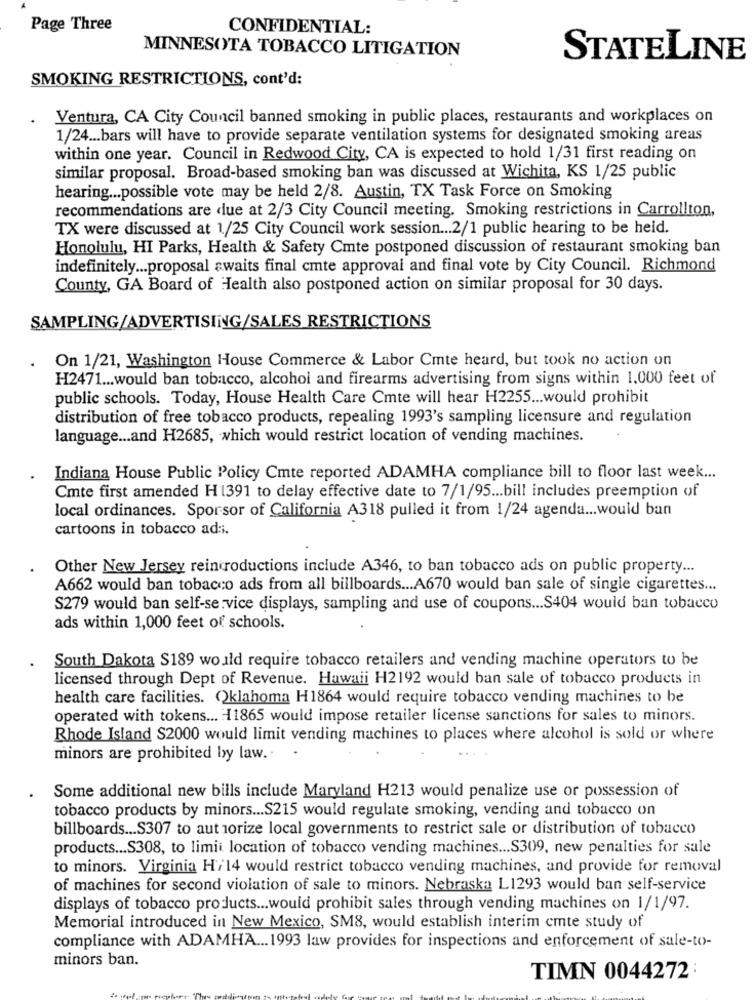
Page Three
CONFIDENTIAL:
MINNESOTA TOBACCO LITIGATION
STATELINE
SMOKING RESTRICTIONS, cont'd:
Ventura, CA City Council banned smoking in public places, restaurants and workplaces on
1/24 ... bars will have to provide separate ventilation systems for designated smoking areas
within one year. Council in Redwood City, CA is expected to hold 1/31 first reading on
similar proposal. Broad-based smoking ban was discussed at Wichita, KS 1/25 public
hearing ... possible vote may be held 2/8. Austin, TX Task Force on Smoking
recommendations are due at 2/3 City Council meeting. Smoking restrictions in Carrollton,
TX were discussed at 1/25 City Council work session ... 2/1 public hearing to be held.
Honolulu, HI Parks, Health & Safety Cmte postponed discussion of restaurant smoking ban
indefinitely ... proposal awaits final cmte approval and final vote by City Council. Richmond
County, GA Board of Health also postponed action on similar proposal for 30 days.
SAMPLING/ADVERTISING/SALES RESTRICTIONS
On 1/21, Washington House Commerce & Labor Cmte heard, but took no action on
H2471 ... would ban tobacco, alcohol and firearms advertising from signs within 1,000 feet of
public schools. Today, House Health Care Cmte will hear H2255 ... would prohibit
distribution of free tobacco products, repealing 1993's sampling licensure and regulation
language ... and H2685, which would restrict location of vending machines.
Indiana House Public Policy Cmte reported ADAMHA compliance bill to floor last week ...
Cmte first amended H1391 to delay effective date to 7/1/95 ... bill includes preemption of
local ordinances. Sporsor of California A318 pulled it from 1/24 agenda ... would ban
cartoons in tobacco ad:i.
Other New Jersey reintroductions include A346, to ban tobacco ads on public property ...
A662 would ban tobacco ads from all billboards ... A670 would ban sale of single cigarettes ...
S279 would ban self-service displays, sampling and use of coupons ... S404 would ban tobacco
ads within 1,000 feet of schools.
South Dakota $189 would require tobacco retailers and vending machine operators to be
licensed through Dept of Revenue. Hawaii H2192 would ban sale of tobacco products in
health care facilities. Oklahoma H1864 would require tobacco vending machines to be
operated with tokens ... 11865 would impose retailer license sanctions for sales to minors.
Rhode Island S2000 would limit vending machines to places where alcohol is sold or where
minors are prohibited by law .. .
Some additional new bills include Maryland H213 would penalize use or possession of
tobacco products by minors ... S215 would regulate smoking, vending and tobacco on
billboards ... S307 to aut orize local governments to restrict sale or distribution of tobacco
products ... S308, to limit location of tobacco vending machines ... S309, new penalties for sale
to minors. Virginia H/14 would restrict tobacco vending machines, and provide for removal
of machines for second violation of sale to minors. Nebraska L1293 would ban self-service
displays of tobacco products ... would prohibit sales through vending machines on 1/1/97.
Memorial introduced in New Mexico, SM8, would establish interim cmte study of
compliance with ADAMHA ... 1993 law provides for inspections and enforcement of sale-to-
minors ban.
TIMN 0044272 :